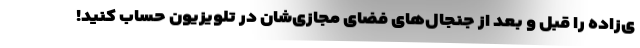
ی‌زاده را قبل و بعد از جنجال‌های فضای مجازی‌شان در تلویزیون حساب کنید!